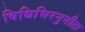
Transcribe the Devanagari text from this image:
विधिभिरनुनीता